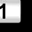
Digit: 1